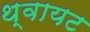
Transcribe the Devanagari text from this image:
थ्वायट